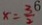
x = \frac { 3 } { 2 }